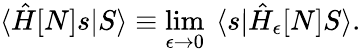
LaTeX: \langle\hat{H}[N]s|S\rangle\equiv\operatorname*{lim}_{\epsilon\to 0}\ \langle s|\hat{H}_{\epsilon}[N]S\rangle.